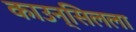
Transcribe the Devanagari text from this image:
काउन्सिलला